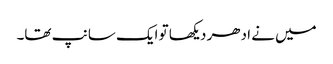
میں نے ادھر دیکھا تو ایک سانپ تھا۔